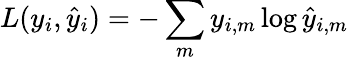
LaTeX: L(y_{i},\hat{y}_{i})=-\sum_{m}y_{i,m}\log\hat{y}_{i,m}